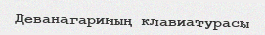
Деванагариның клавиатурасы